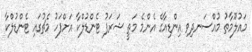
މައުލޫމާތު މުއްސަނދިވި އިންޑިއާގެ އެންމެ މަތީ ޝަރަފު ޓެންޑުލްކާ އަށްފަހު މެޗުގައި ޓެންޑުލްކާ